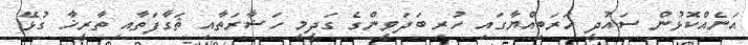
އަނެއްކޮޅުން ސައުދީ އަރަބިއްޔާގައި ހުރި ބަދަވީންގެ ގަދީމީ ހަޟާރަތާއި ޘަގާފަތާއި ތާރީޚާ ގުޅޭ